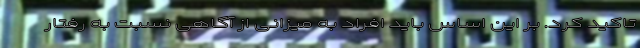
تاکید کرد. بر این اساس باید افراد به میزانی از آگاهی نسبت به رفتار